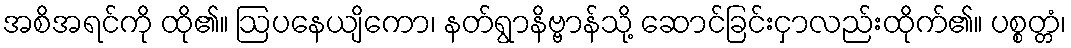
အစိအရင်ကို ထို၏။ ဩပနေယျိကော၊ နတ်ရွာနိဗ္ဗာန်သို့ ဆောင်ခြင်းငှာလည်းထိုက်၏။ ပစ္စတ္တံ၊